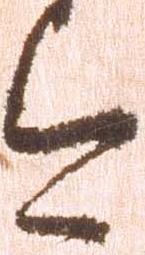
今